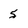
Character: 5